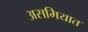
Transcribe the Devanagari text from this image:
असमियात